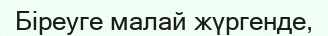
Біреуге малай жүргенде,